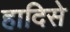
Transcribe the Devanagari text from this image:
हादिसे